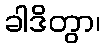
ခါဒိတွာ၊